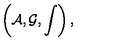
\left( { \cal A } , { \cal G } , \int \right) ,